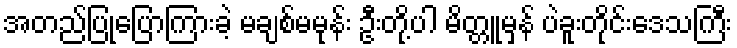
အတည်ပြုပြောကြားခဲ့ မချစ်မမုန်း ဦးတို့ပါ မိတ္တူမှန် ပဲခူးတိုင်းဒေသကြီး